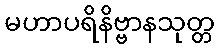
မဟာပရိနိဗ္ဗာနသုတ္တ